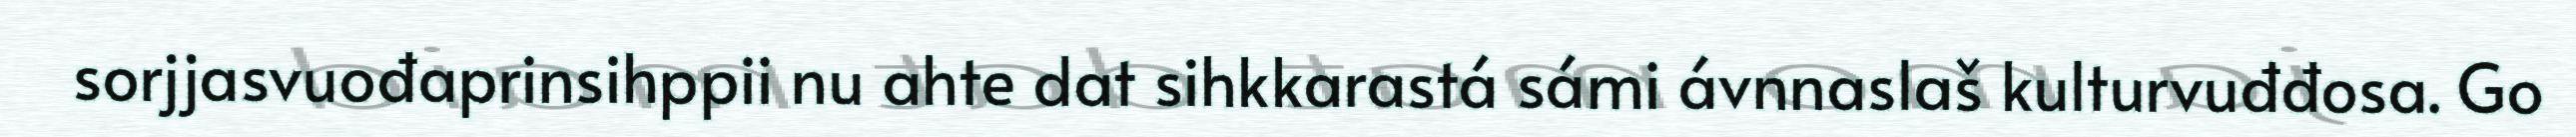
sorjjasvuođaprinsihppii nu ahte dat sihkkarastá sámi ávnnaslaš kulturvuđđosa. Go